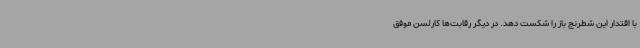
با اقتدار این شطرنج باز را شکست دهد. در دیگر رقابت‌ها کارلسن موفق